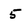
Character: 5